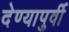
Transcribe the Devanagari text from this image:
देण्यापुर्वी